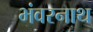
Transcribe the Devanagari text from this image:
भंवरनाथ